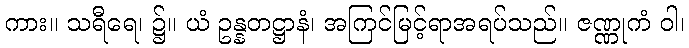
ကား။ သရီရေ၊ ၌။ ယံ ဥန္နတဋ္ဌာနံ၊ အကြင်မြင့်ရာအရပ်သည်။ ဇဏ္ဏုကံ ဝါ၊